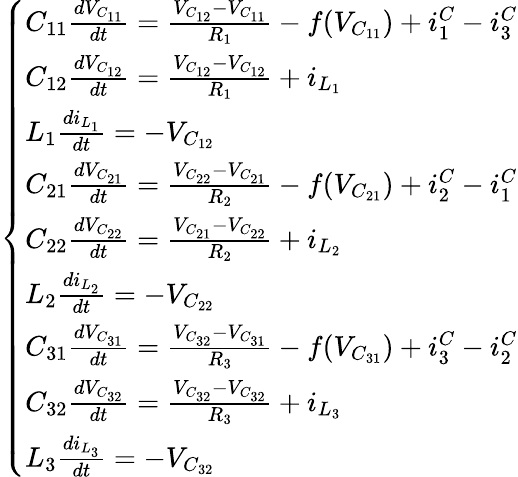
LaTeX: \left\{ \begin{array}{ll}{C_{11}\frac{dV_{C_{11}}}{dt}=\frac{V_{C_{12}}-V_{C_{11}}}{R_{1}}-f(V_{C_{11}})+i_{1}^{C}-i_{3}^{C}}\\ {C_{12}\frac{dV_{C_{12}}}{dt}=\frac{V_{C_{12}}-V_{C_{12}}}{R_{1}}+i_{L_{1}}}\\ {L_{1}\frac{di_{L_{1}}}{dt}=-V_{C_{12}}}\\ {C_{21}\frac{dV_{C_{21}}}{dt}=\frac{V_{C_{22}}-V_{C_{21}}}{R_{2}}-f(V_{C_{21}})+i_{2}^{C}-i_{1}^{C}}\\ {C_{22}\frac{dV_{C_{22}}}{dt}=\frac{V_{C_{21}}-V_{C_{22}}}{R_{2}}+i_{L_{2}}}\\ {L_{2}\frac{di_{L_{2}}}{dt}=-V_{C_{22}}}\\ {C_{31}\frac{dV_{C_{31}}}{dt}=\frac{V_{C_{32}}-V_{C_{31}}}{R_{3}}-f(V_{C_{31}})+i_{3}^{C}-i_{2}^{C}}\\ {C_{32}\frac{dV_{C_{32}}}{dt}=\frac{V_{C_{32}}-V_{C_{32}}}{R_{3}}+i_{L_{3}}}\\ {L_{3}\frac{di_{L_{3}}}{dt}=-V_{C_{32}}}\end{array}\right.